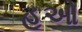
હૂઓ